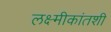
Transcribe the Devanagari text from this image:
लक्ष्मीकांतशी